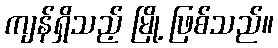
ကျန်ရှိသည့် မြို့ ဖြစ်သည်။